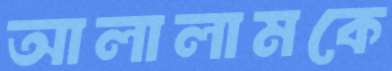
আলালামকে